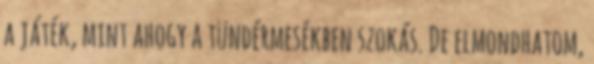
a játék, mint ahogy a tündérmesékben szokás. De elmondhatom,